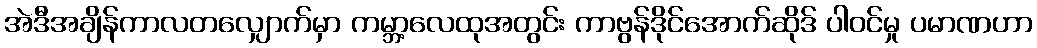
အဲဒီအချိန်ကာလတလျှောက်မှာ ကမ္ဘာ့လေထုအတွင်း ကာဗွန်ဒိုင်အောက်ဆိုဒ် ပါဝင်မှု ပမာဏဟာ